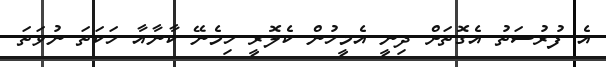
އެ ފުރުސަތު އެގޮތަށް ދިނީ އެމީހުން ކެލޮރީ ހިމެނޭ ކާނާއާ ހަކަތަ ނުވަތަ